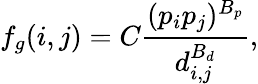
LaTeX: f_{g}(i,j)=C\frac{(p_{i}p_{j})^{B_{p}}}{d_{i,j}^{B_{d}}},